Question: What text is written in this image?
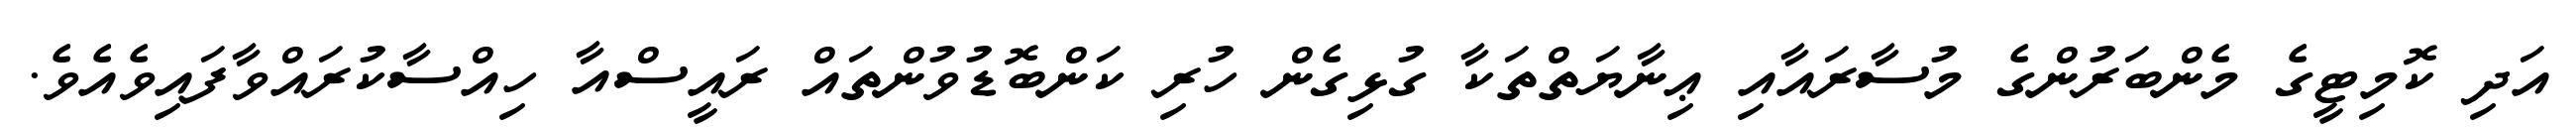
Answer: އަދި ކޮމިޓީގެ މެންބަރުންގެ މުސާރައާއި ޢިނާޔަތްތަކާ ގުޅިގެން ހުރި ކަންބޮޑުވުންތައް ރައީސްއާ ހިއްސާކުރައްވާފައިވެއެވެ.